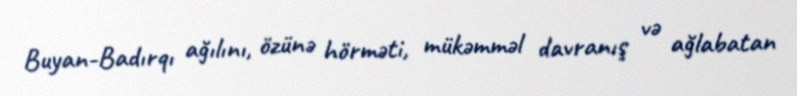
Buyan-Badırqı ağılını, özünə hörməti, mükəmməl davranış və ağlabatan